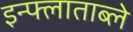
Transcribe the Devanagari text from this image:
इन्फ्लाताब्ले